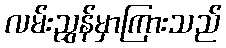
လမ်းညွှန်မှာကြားသည်